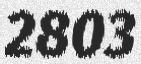
2803